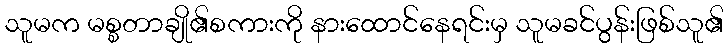
သူမက မစ္စတာချို၏စကားကို နားထောင်နေရင်းမှ သူမခင်ပွန်းဖြစ်သူ၏